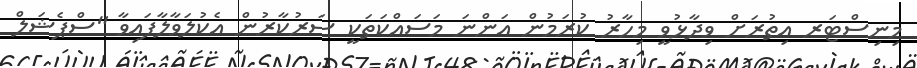
މިނިސްޓަރ އިތުރަށް ވިދާޅުވީ މިހާރު ކުރަމުން އަންނަ މަސައްކަތަކީ ސަރުކާރުން އެކުލަވާލާފައިވާ "ސްޕެޝަލް